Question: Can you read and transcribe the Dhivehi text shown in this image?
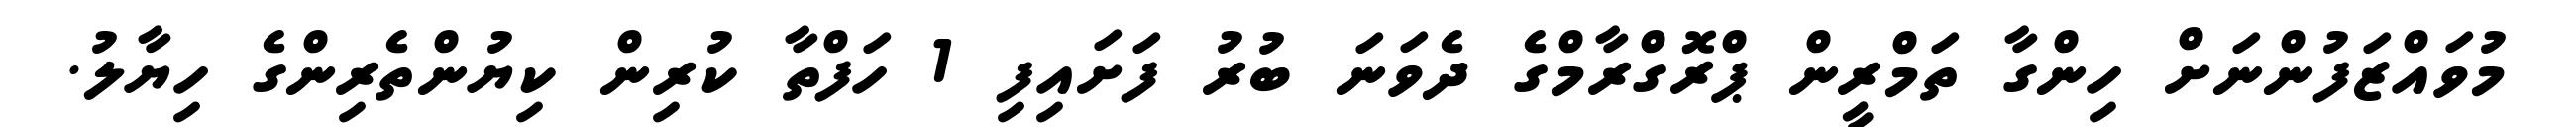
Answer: މުވައްޒަފުންނަށް ހިންގާ ތަމްރީން ޕްރޮގްރާމްގެ ދެވަނަ ބުރު ފަށައިފި 1 ހަފްތާ ކުރިން ކިޔުންތެރިންގެ ހިޔާލު.